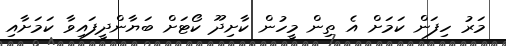
މަރު ހިފަން ކަމަށް އެ ތިން މީހުން ކާށިދޫ ކޯޓަށް ބަޔާންދީފައިވާ ކަމަށާއި